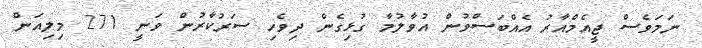
ނަމަވެސް ޖީއެމްއާރު އެއްބަސްވުން އުވާލުމާ ގުޅިގެން ދިވެހި ސަރުކާރުން ވަނީ 271 މިލިއަން